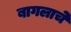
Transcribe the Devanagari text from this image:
बागलाचे